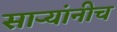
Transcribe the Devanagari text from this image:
सार्‍यांनीच